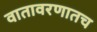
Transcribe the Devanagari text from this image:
वातावरणातच